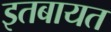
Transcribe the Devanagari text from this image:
इतबायत